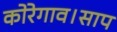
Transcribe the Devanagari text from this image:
कोरेगाव।साप